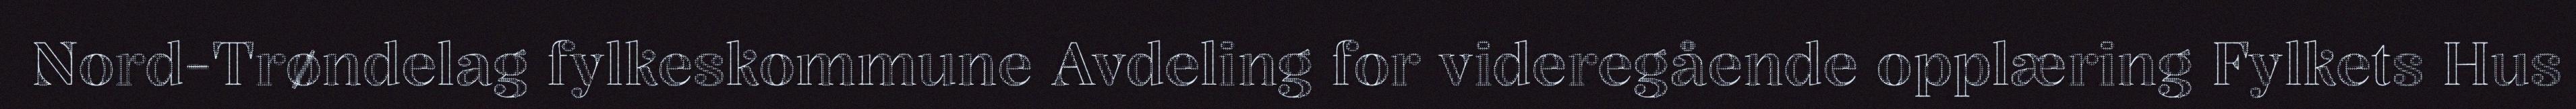
Nord-Trøndelag fylkeskommune Avdeling for videregående opplæring Fylkets Hus